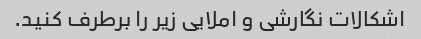
اشکالات نگارشی و املایی زیر را برطرف کنید.